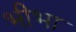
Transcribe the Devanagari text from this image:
भीभा